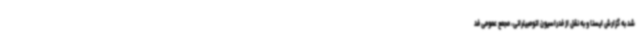
شد به گزارش ایسنا و به نقل از فدراسیون اتومبیلرانی، مجمع عمومی فد